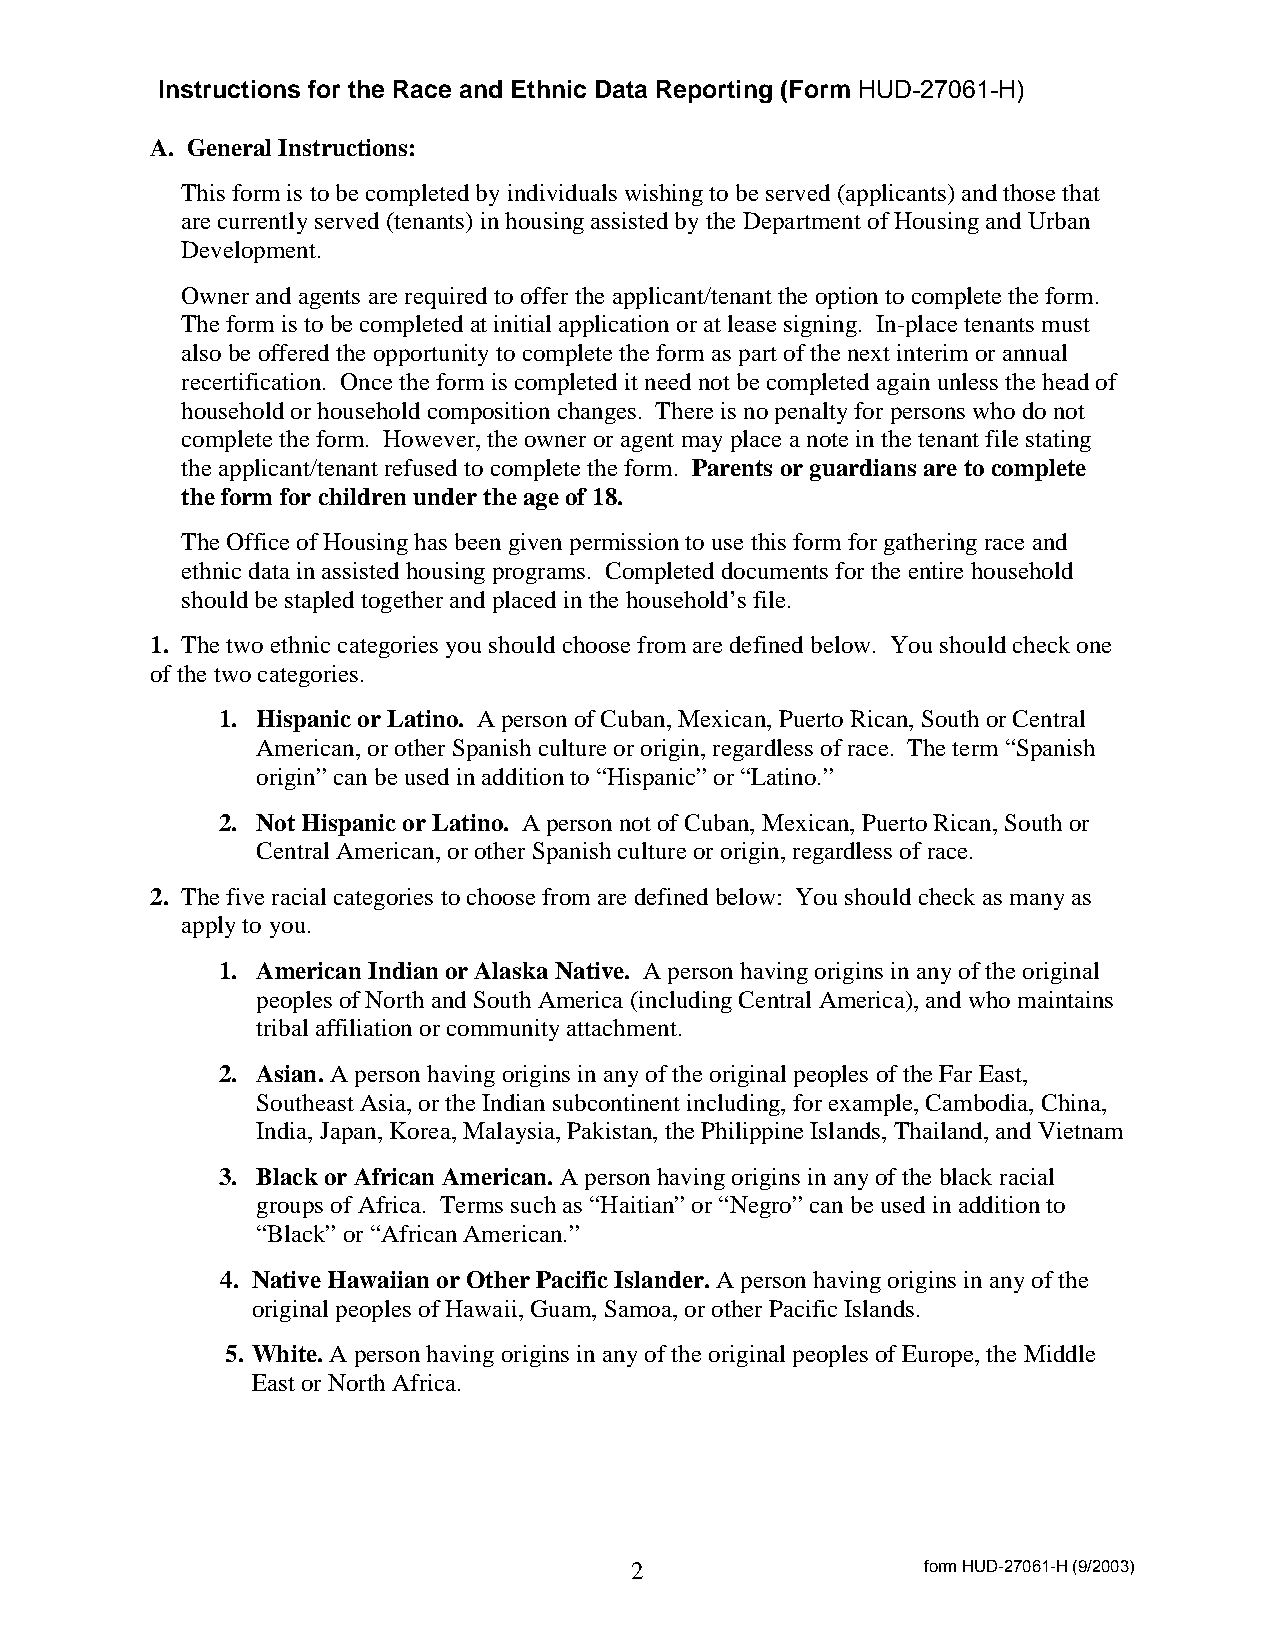
Instructions for the Race and Ethnic Data Reporting (Form HUD-27061-H)
 A. General Instructions:
 This form is to be completed by individuals wishing to be served (applicants) and those that
 are currently served (tenants) in housing assisted by the Department of Housing and Urban
 Development.
 Owner and agents are required to offer the applicant/tenant the option to complete the form.
 The form is to be completed at initial application or at lease signing. In-place tenants must
 also be offered the opportunity to complete the form as part of the next interim or annual
 recertification. Once the form is completed it need not be completed again unless the head of
 household or household composition changes. There is no penalty for persons who do not
 complete the form. However, the owner or agent may place a note in the tenant file stating
 the applicant/tenant refused to complete the form. Parents or guardians are to complete
 the form for children under the age of 18.
 The Office of Housing has been given permission to use this form for gathering race and
 ethnic data in assisted housing programs. Completed documents for the entire household
 should be stapled together and placed in the household’s file.
 1. The two ethnic categories you should choose from are defined below. You should check one
 of the two categories.
 1. Hispanic or Latino. A person of Cuban, Mexican, Puerto Rican, South or Central
 American, or other Spanish culture or origin, regardless of race. The term “Spanish
 origin” can be used in addition to “Hispanic” or “Latino.”
 2. Not Hispanic or Latino. A person not of Cuban, Mexican, Puerto Rican, South or
 Central American, or other Spanish culture or origin, regardless of race.
 2. The five racial categories to choose from are defined below: You should check as many as
 apply to you.
 1. American Indian or Alaska Native. A person having origins in any of the original
 peoples of North and South America (including Central America), and who maintains
 tribal affiliation or community attachment.
 2. Asian. A person having origins in any of the original peoples of the Far East,
 Southeast Asia, or the Indian subcontinent including, for example, Cambodia, China,
 India, Japan, Korea, Malaysia, Pakistan, the Philippine Islands, Thailand, and Vietnam
 3. Black or African American. A person having origins in any of the black racial
 groups of Africa. Terms such as “Haitian” or “Negro” can be used in addition to
 “Black” or “African American.”
 4. Native Hawaiian or Other Pacific Islander. A person having origins in any of the
 original peoples of Hawaii, Guam, Samoa, or other Pacific Islands.
 5. White. A person having origins in any of the original peoples of Europe, the Middle
 East or North Africa.
 2                  form HUD-27061-H (9/2003)